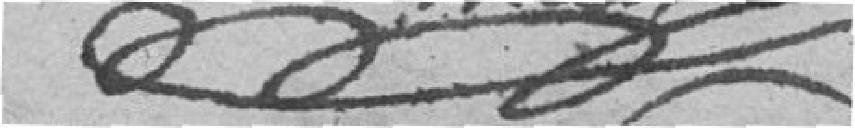
?? Maire